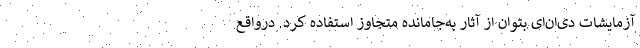
آزمایشات دی‌ان‌ای بتوان از آثار به‌جامانده متجاوز استفاده کرد. درواقع